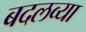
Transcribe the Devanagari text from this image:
बदलव्या